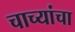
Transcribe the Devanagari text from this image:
चाच्यांचा